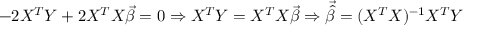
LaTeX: - 2 X ^ { T } Y + 2 X ^ { T } X { \vec { \beta } } = 0 \Rightarrow X ^ { T } Y = X ^ { T } X { \vec { \beta } } \Rightarrow { \vec { \hat { \beta } } } = ( X ^ { T } X ) ^ { - 1 } X ^ { T } Y